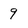
Character: 9